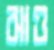
ঝাও